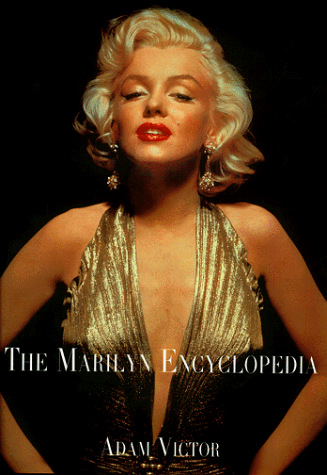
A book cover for The Marilyn Encyclopedia; Adam Victor; Humor & Entertainment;